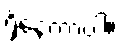
ရှိနေတာပါ။